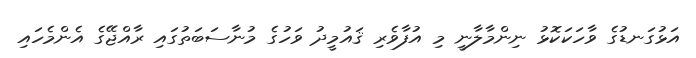
އަޅުގަނޑުގެ ވާހަކަކޮޅު ނިންމާލާނީ މި އުފާވެރި ޤައުމީދު ވަހުގެ މުނާސަބަތުގައި ރާއްޖޭގެ އެންމެހައި